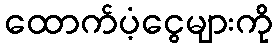
ထောက်ပံ့ငွေများကို